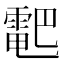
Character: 𱁠